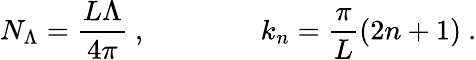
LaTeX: N_{\Lambda}=\frac{L\Lambda}{4\pi}\ ,\qquad\qquad k_{n}=\frac{\pi}{L}(2n+1)\ .